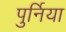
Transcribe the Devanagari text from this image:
पुर्निया